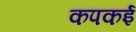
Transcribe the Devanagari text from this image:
कपकई